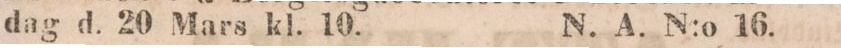
dag d. 20 Mars kl. 10.    N. A. N:o 16.